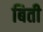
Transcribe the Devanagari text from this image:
बिती